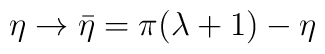
\eta\rightarrow\bar{\eta}=\pi (\lambda +1)-\eta